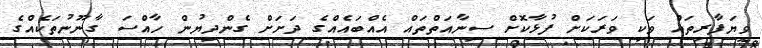
ވިޔަފާރިތައް ވަކި ވަރަކަށް ފުޅާކޮށް ސިނާއަތްތައް އެއްބައެއްގެ ދަށަށް ގެންދިޔުން ހާއްސަ ގާނޫނުތަކެއްގެ